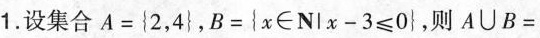
1.设集合$$ A = { 2 , 4 } $$, $$b = { x \in n | x - 3 \le 0} $$ ,则$$ A∪B= $$